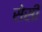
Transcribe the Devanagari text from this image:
सेसी